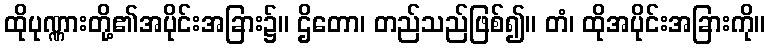
ထိုပုဏ္ဏားတို့၏အပိုင်းအခြား၌။ ဌိတော၊ တည်သည်ဖြစ်၍။ တံ၊ ထိုအပိုင်းအခြားကို။